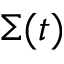
\Sigma ( t )